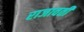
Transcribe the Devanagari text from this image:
राजावती